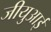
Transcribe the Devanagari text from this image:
जीयुआई